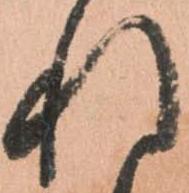
れ